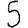
Digit: 5